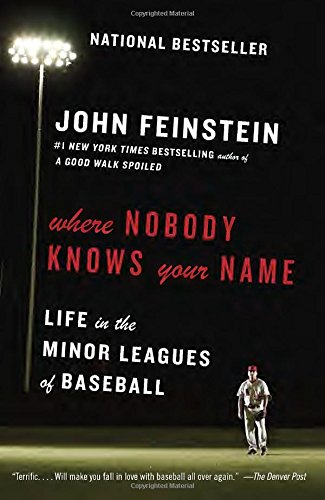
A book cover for Where Nobody Knows Your Name: Life in the Minor Leagues of Baseball (Anchor Sports); John Feinstein; Biographies & Memoirs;